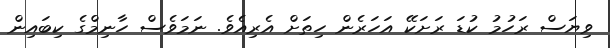
ވިޔަސް ރަހުމު ކުޑަ ރަށަކޭ އަހަރެން ހިތަށް އެރިއެވެ. ނަމަވެސް ހާނިމްގެ ކިބައިން